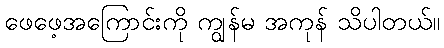
ဖေဖေ့အကြောင်းကို ကျွန်မ အကုန် သိပါတယ်။